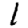
Digit: 1